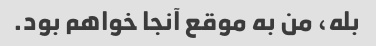
بله، من به موقع آنجا خواهم بود.